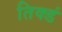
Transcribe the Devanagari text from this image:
तिक्डं